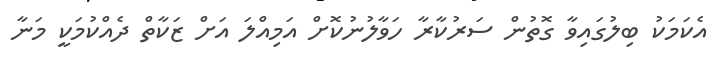
އެކަމަކު ބިލުގައިވާ ގޮތުން ސަރުކާރާ ހަވާލުނުކޮށް އަމިއްލަ އަށް ޒަކާތް ދެއްކުމަކީ މަނާ